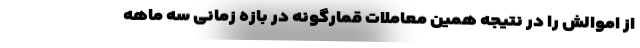
از اموالش را در نتیجه همین معاملات قمارگونه در بازه زمانی سه ماهه